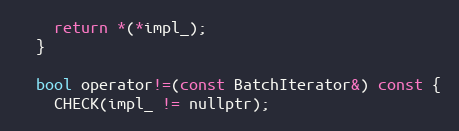
Language: C
    return *(*impl_);
  }

  bool operator!=(const BatchIterator&) const {
    CHECK(impl_ != nullptr);